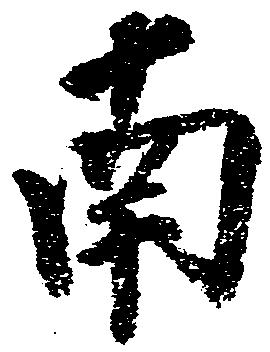
南